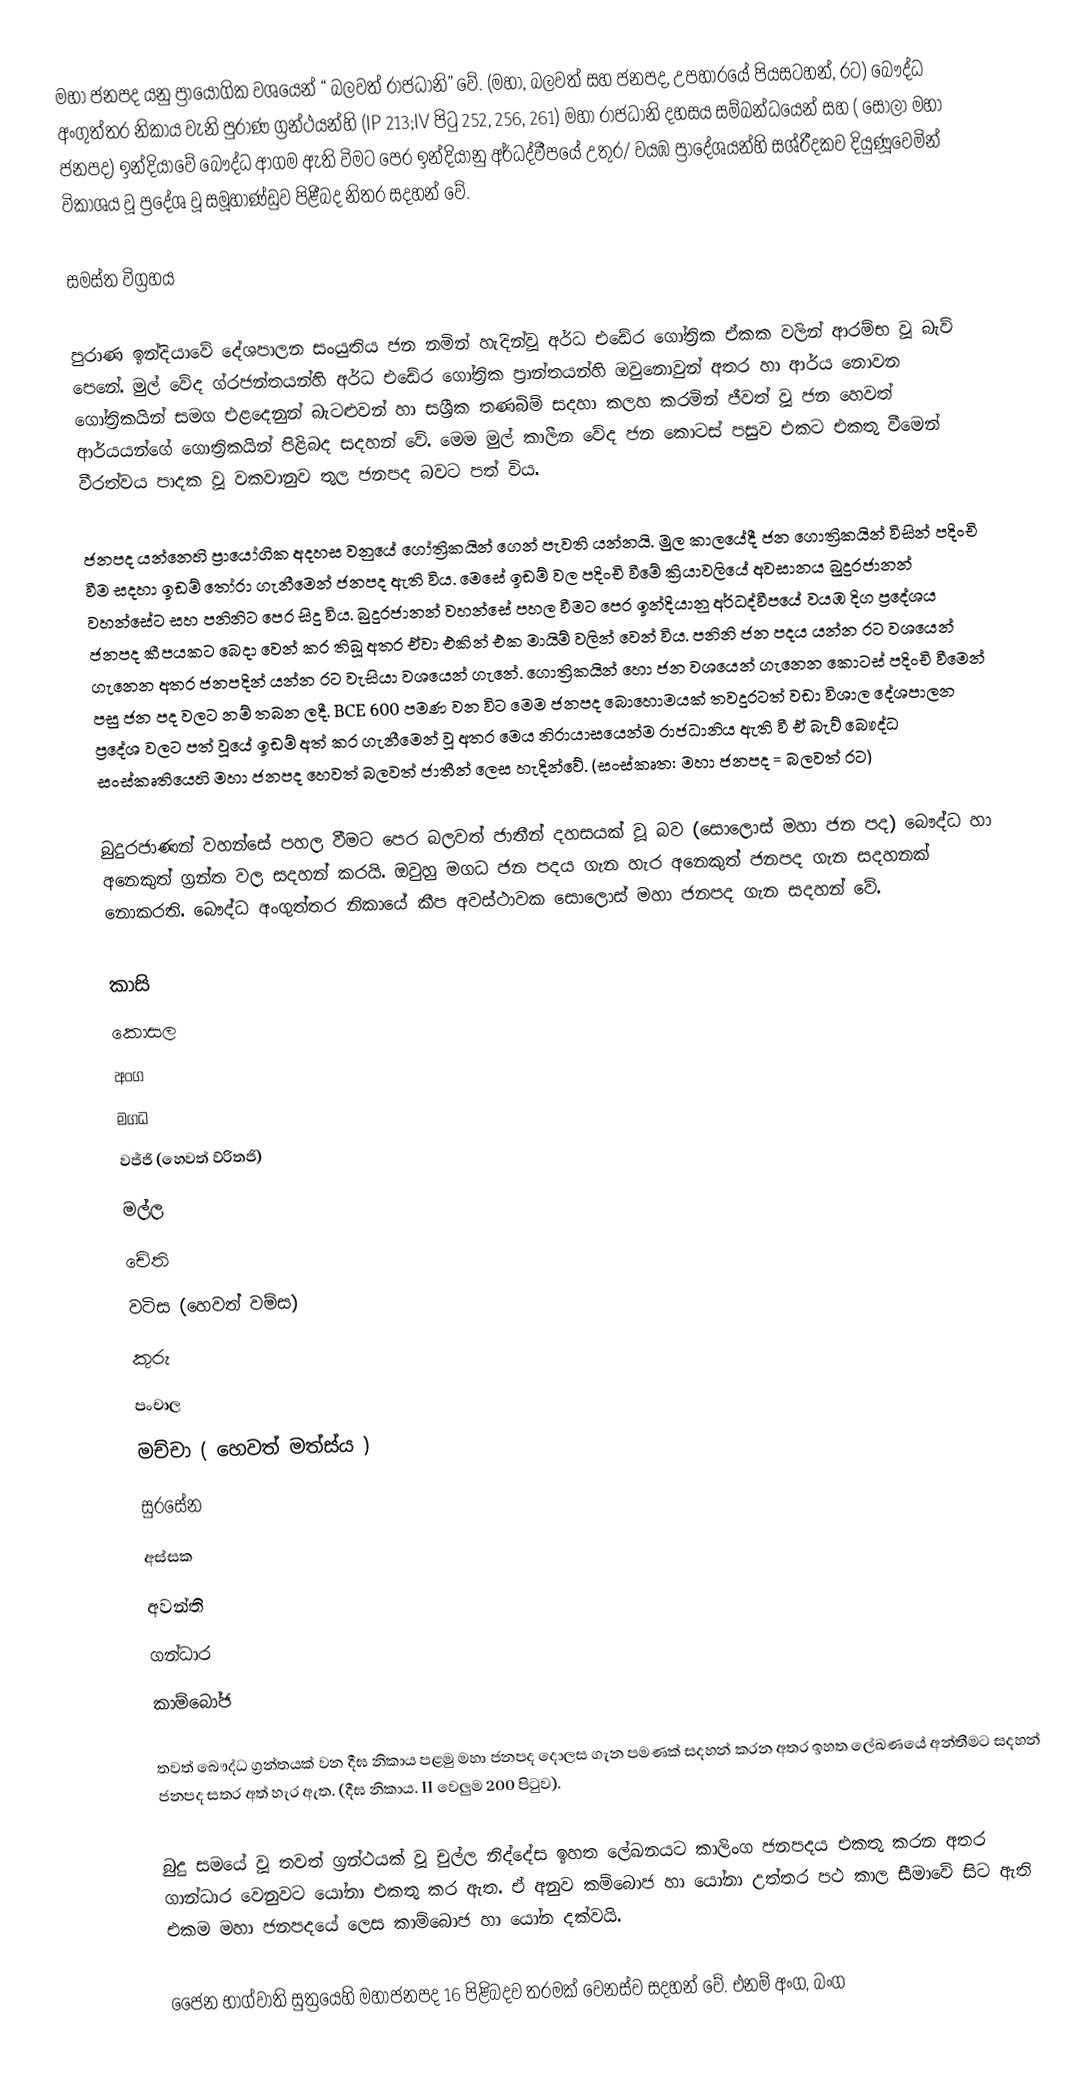
මහා ජනපද යනු ප්‍රායෝගික වශයෙන් “ බලවත් රාජධානි” වේ. (මහා, බලවත් සහ ජනපද, උපහාරයේ පියසටහන්, රට) බෞද්ධ අංගුත්තර නිකාය වැනි පුරාණ ග්‍රන්ථයන්හි (IP 213;IV පිටු 252, 256, 261) මහා රාජධානි දහසය සම්බන්ධයෙන් සහ ( සෝලා මහා ජනපද) ඉන්දියාවේ බෞද්ධ ආගම ඇති විමට පෙර ඉන්දියානු අර්ධද්වීපයේ උතුර/ වයඹ ප්‍රාදේශයන්හි සශ්රීදකව දියුණූවෙමින් විකාශය වූ ප්‍රදේශ වූ සමූහාණ්ඩුව පිළීබද නිතර සදහන් වේ.

සමස්ත විග්‍රහය

පුරාණ ඉන්දියාවේ දේශපාලන සංයුතිය ජන නමින් හැදින්වූ අර්ධ එඩේර ගෝත්‍රික ඒකක වලින් ආරම්භ වූ බැව් පෙනේ. මුල් වේද ග්රජන්තයන්හි අර්ධ එ‍ඩේර ගෝත්‍රික ප්‍රාන්තයන්හි ඔවුනොවුන් අතර හා ආර්ය නොවන ගෝත්‍රිකයින් සමග එළදෙනුන් බැටළුවන් හා සශ්‍රීක තණබිම් සදහා කලහ කරමින් ජීවත් වූ ජන හෙවත් ආර්යයන්ගේ ගොත්‍රිකයින් පිළිබද සදහන් වේ. මෙම මුල් කාලීන වේද ජන කොටස් පසුව එකට එකතු වීමෙන් වීරත්වය පාදක වූ වකවානුව තුල ජනපද බවට පත් විය.

ජනපද යන්නෙහි ප්‍රායෝගික අදහස වනුයේ ගෝත්‍රිකයින් ගෙන් පැවති යන්නයි. මුල කාලයේදී ජන ගොත්‍රිකයින් විසින් පදිංචි වීම සදහා ඉඩම් තෝරා ගැනීමෙන් ජනපද ඇති විය. මෙසේ ඉඩම් වල පදිංචි වීමේ ක්‍රියාවලියේ අවසානය බුදුරජානන් වහන්සේට සහ පනිනිට පෙර සිදු විය. බුදුරජානන් වහන්සේ පහල වීමට පෙර ඉන්දියානු අර්ධද්වීපයේ වයඹ දිග ප්‍රදේශය ජනපද කීපයකට බෙදා වෙන් කර තිබූ අතර ඒවා එකින් එක මායිම් වලින් වෙන් විය. පනිනි ජන පදය යන්න රට වශයෙන් ගැනෙන අතර ජනපදින් යන්න රට වැසියා වශයෙන් ගැනේ. ගොත්‍රිකයින් හො ජන වශයෙන් ගැනෙන කොටස් පදිංචි වීමෙන් පසු ජන පද වලට නම් තබන ලදී. BCE 600 පමණ වන විට මෙම ජනපද බොහොමයක් තවදුරටත් වඩා විශාල දේශපාලන ප්‍රදේශ වලට පත් වූයේ ඉඩම් අත් කර ගැනීමෙන් වූ අතර මෙය නිරායාසයෙන්ම රාජධානිය ඇති වී ඒ බැව් බෞද්ධ සංස්කෘතියෙහි මහා ජනපද හෙවත් බලවත් ජාතීන් ලෙස හැදින්වේ. (සංස්කෘත: මහා ජනපද = බලවත් රට)

බුදුරජාණන් වහන්සේ පහල වීමට පෙර බලවත් ජාතීන් දහසයක් වූ බව (සොලොස් මහා ජන පද) බෞද්ධ හා අනෙකුත් ග්‍රන්ත වල සදහන් කරයි. ඔවුහු මගධ ජන පදය ගැන හැර අනෙකුත් ජනපද ගැන සදහනක් නොකරති. බෞද්ධ අංගුත්තර නිකායේ කීප අවස්ථාවක සොලොස් මහා ජනපද ගැන සදහන් වේ.

කාසි
කොසල
අංග
මගධ
වජ්ජි (හෙවත් ව්රිතජි)
මල්ල
චේති
වටිස (හෙවත් වම්ස)
කුරු
පංචාල
මච්චා ( හෙවත් මත්ස්ය )
සුරසේන
අස්සක
අවන්ති
ගන්ධාර
කාම්බෝජ

තවත් බෞද්ධ ග්‍රන්තයක් වන දීඝ  නිකාය පළමු මහා ජනපද දොලස ගැන පමණක් සදහන් කරන අතර ඉහත ලේඛණයේ අන්තීමට සදහන් ජනපද සතර අත් හැර ඇත. (දීඝ නිකාය. II වෙලුම 200 පිටුව).

බුදු සමයේ වූ තවත් ග්‍රන්ථයක් වූ චුල්ල නිද්දේස ඉහත ලේඛනයට කාලිංග ජනපදය එකතු කරන අතර ගාන්ධාර වෙනුවට යෝනා එකතු කර ඇත. ඒ අනුව කම්බොජ හා යෝනා  උත්තර පථ කාල සීමාවේ සිට ඇති එකම මහා ජනපදයේ ලෙස කාම්බොජ හා යෝන දක්වයි.

ජෛන භාග්වාති සුත්‍රයෙහි මහාජනපද 16 පිළිබදව තරමක් වෙනස්ව සදහන් වේ. එනම් අංග, බංග